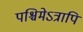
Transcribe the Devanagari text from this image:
पश्चिमेऽत्रापि